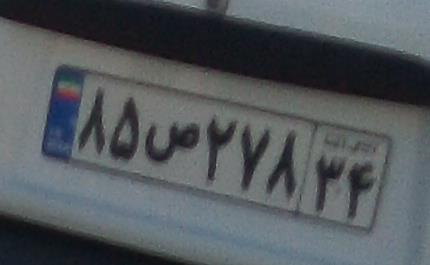
۸۵ص۲۷۸۳۴